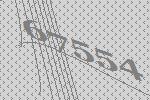
67554